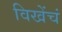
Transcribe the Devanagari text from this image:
विखेंचं